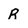
Character: R